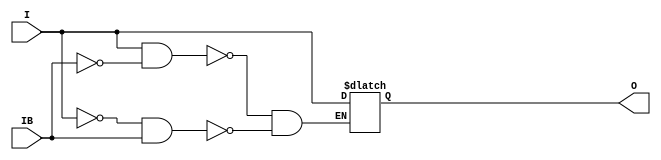
// $Header: /devl/xcs/repo/env/Databases/CAEInterfaces/verunilibs/s/IBUFGDS_LVDS_25_DCI.v,v 1.2.22.1 2003/11/18 20:41:35 wloo Exp $

/*

FUNCTION	: INPUT BUFFER

*/

`timescale  100 ps / 10 ps


module IBUFGDS_LVDS_25_DCI (O, I, IB);

    output O;

    input  I, IB;

    reg o_out;

    buf b_0 (O, o_out);

    always @(I or IB) begin
	if (I == 1'b1 && IB == 1'b0)
	    o_out <= I;
	else if (I == 1'b0 && IB == 1'b1)
	    o_out <= I;
    end

    specify
	(I *> O) = (0, 0);
    endspecify

endmodule